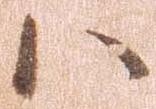
ハ